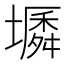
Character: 𡑬